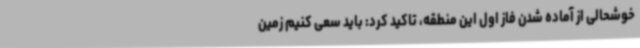
خوشحالی از آماده شدن فاز اول این منطقه، تاکید کرد: باید سعی کنیم زمین